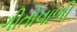
ગીતોવાળી